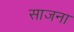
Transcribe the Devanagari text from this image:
साजना